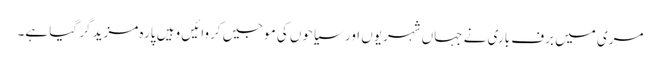
مری میں برف باری نے جہاں شہریوں اور سیاحوں کی موجیں کروائیں وہیں پارہ مزید گر گیا ہے۔